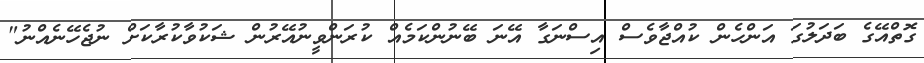
ގޮތްއޭގެ ބަދަލުގަ އަންހެން ކުއްޖާވެސް އިސްނަގާ އޭނަ ބޭނުންކަމެއް ކުރަންވީނުއޭރުން ޝަކުވާކުރާކަށް ނުޖެހޭނެއްނު"